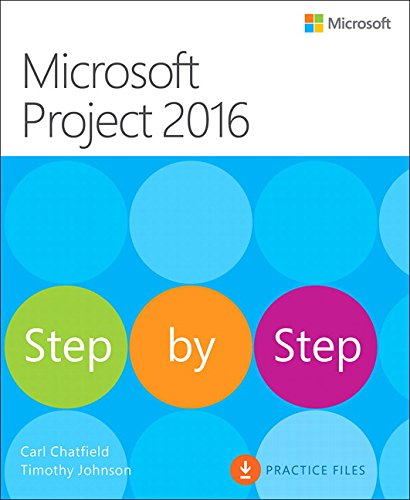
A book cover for Microsoft Project 2016 Step by Step; Carl Chatfield; Computers & Technology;